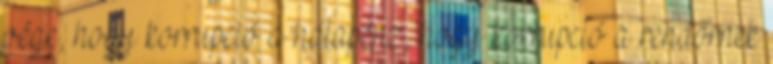
vége, hogy korrupció a hálapénz, hogy korrupció a rendőrnek